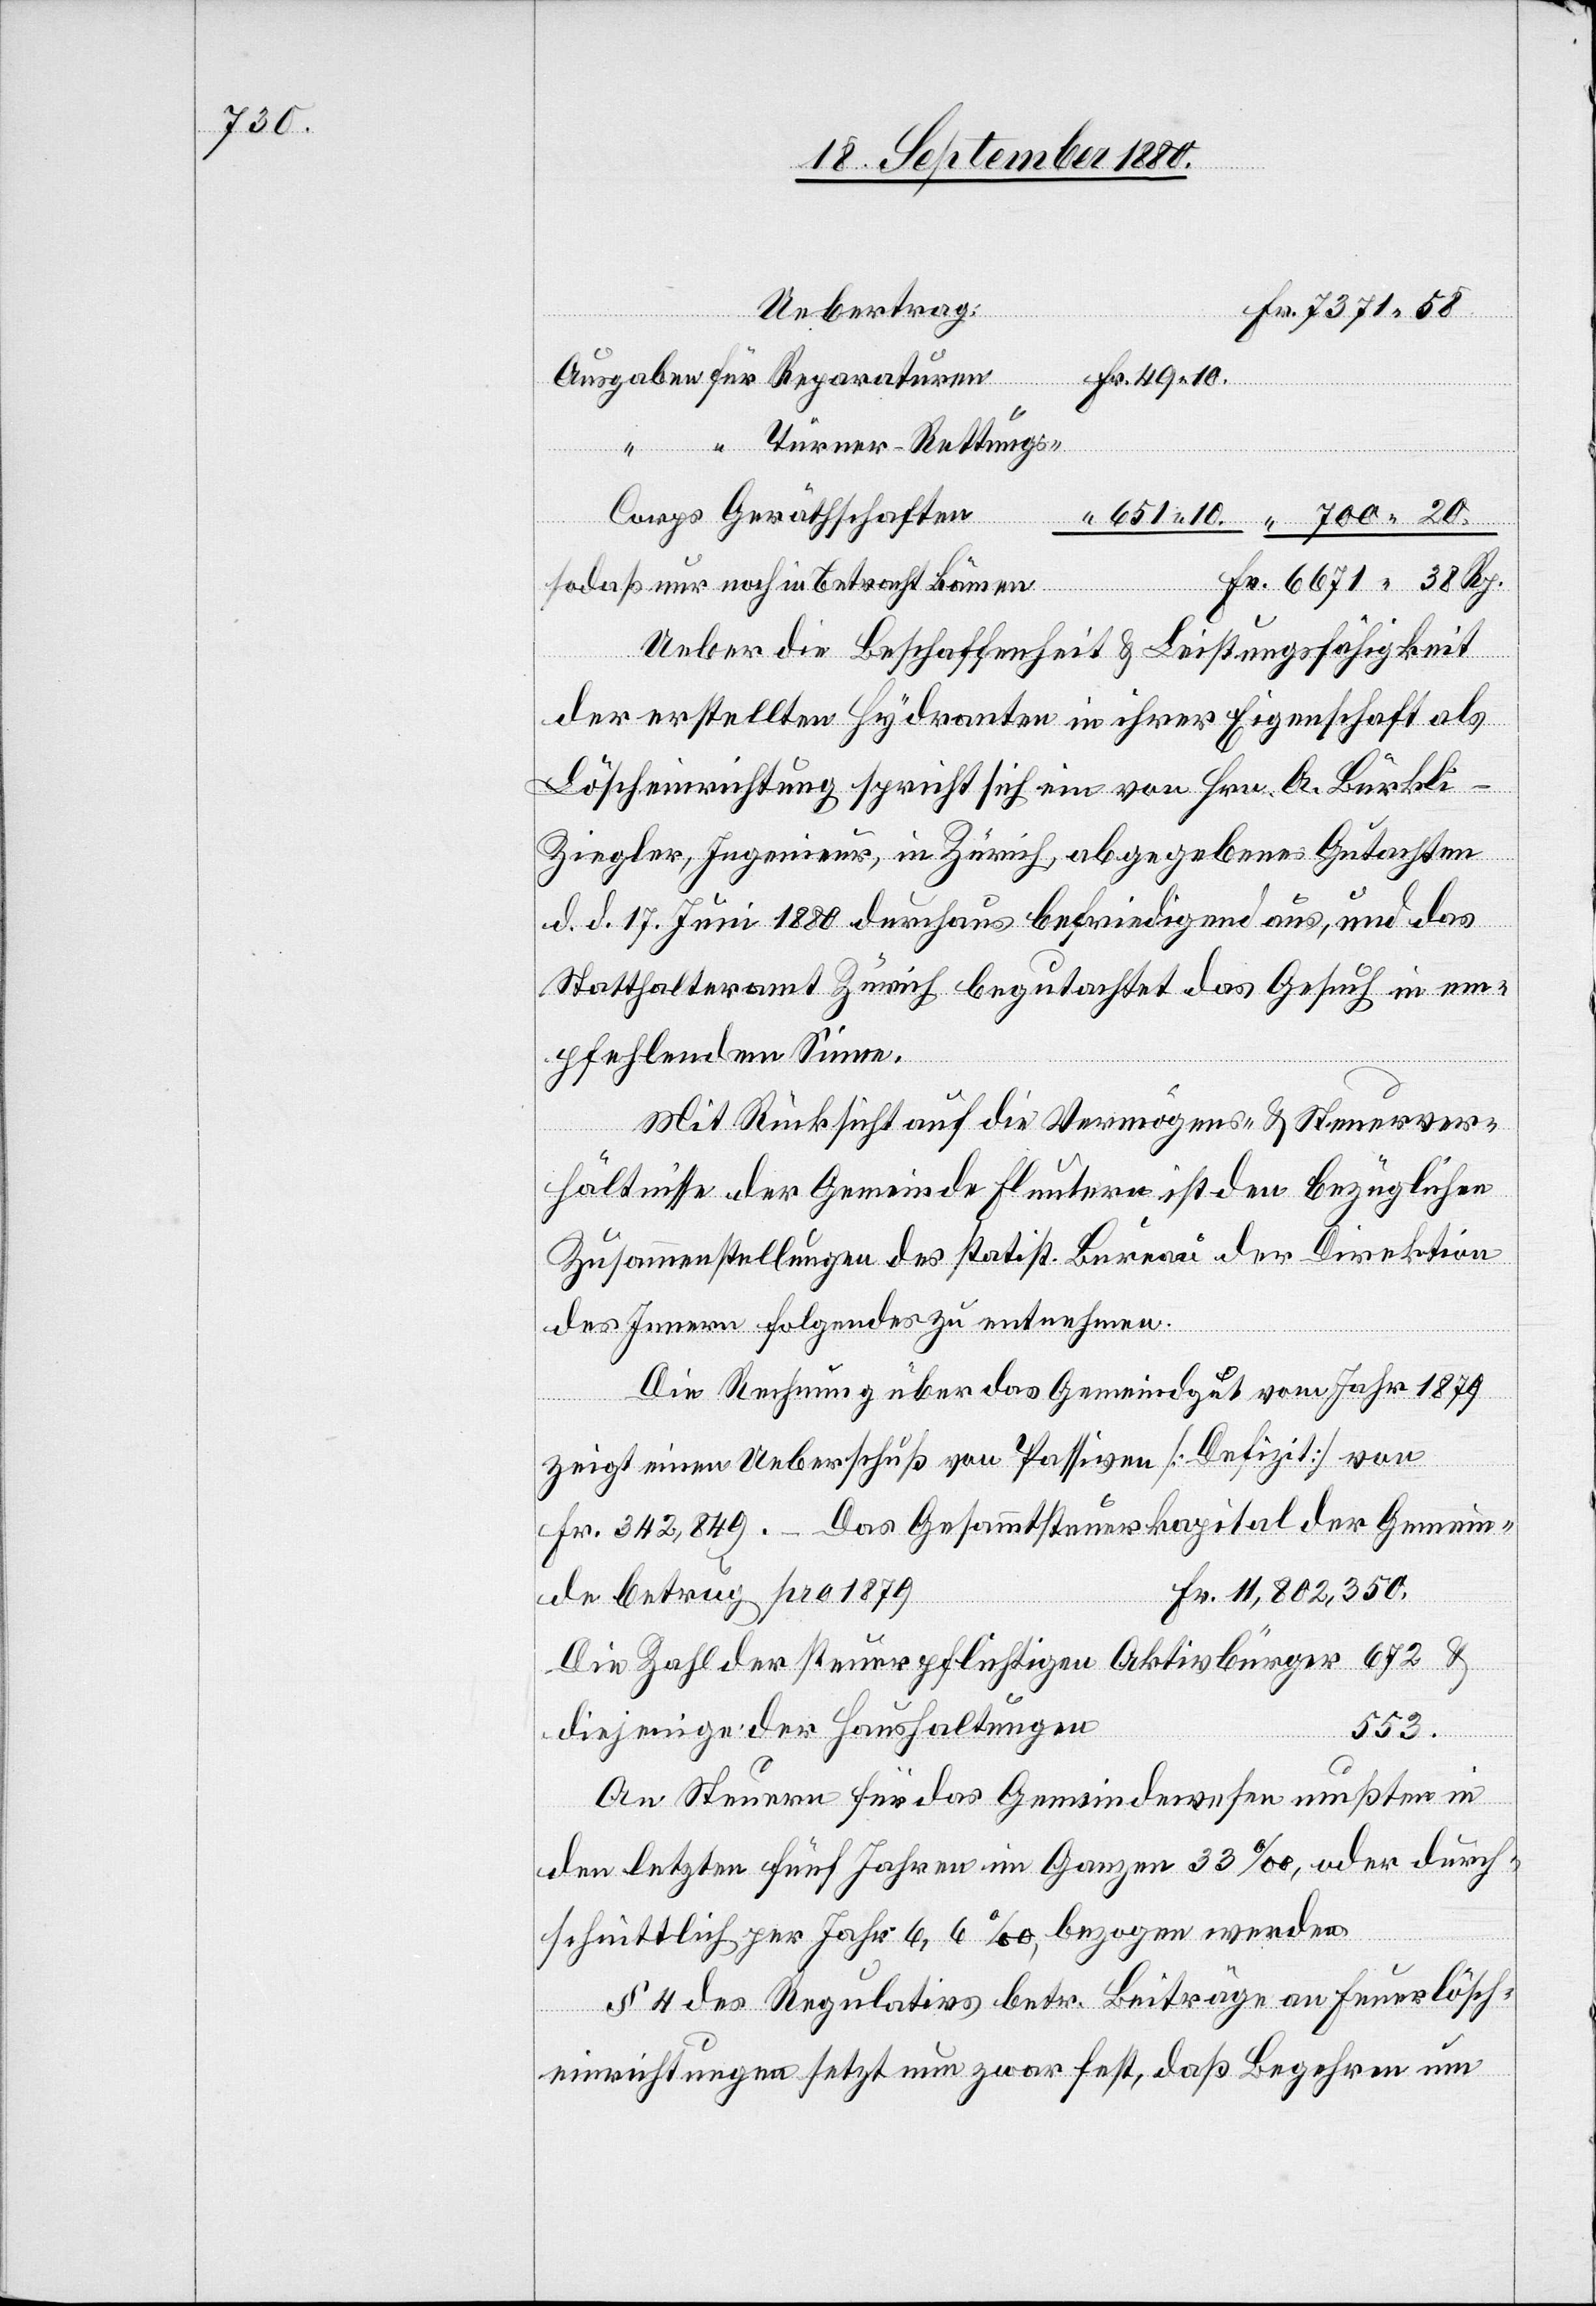
Uebertrag:
Turner-Rettung¬
Fr.
s-Corps Geräthschaftten
Rp.
so daß nur noch in Betracht kommen
Ueber die Beschaffenheit & Leistungsfähigkeit
der erstellten Hydranten in ihrer Eigenschaft als
Löscheinrichtung spricht sich ein von Hrn. A. Bürkli-Z¬
iegler, Ingenieur, in Zürich, abgegebenes Gutachten
d. d. 17. Juni 1880 durchaus befriedigend aus, und das
Statthalteramt Zürich begutachtet das Gesuch im em¬
10.
pfehlendem Sinne.
Mit Rücksicht auf die Vermögens- & Steuerver¬
hältnisse der Gemeinde Fluntern ist den bezüglichen
Zusammenstellungen des statist. Bureau der Direktion
des Innern folgendes zu entnehmen.
Die Rechnung über das Gemeindgut vom Jahr 1879
zeigt einen Ueberschuß von Passiven [Defizit] von
Fr. 342,849. Das Gesammtsteuerkapital der Gemein¬
Fr. 11,802,350.
de betrug pro 1879
Die Zahl der steuerpflichtigen Aktivbürger
diejenigen der Haushaltungen
553.
An Steuern für das Gemeindewesen mußten in
den letzten fünf Jahren im Ganzen 33‰, oder durch¬
schnittlich per Jahr 6,6‰, bezogen werden.
§ 4 des Regulativs betr. Beiträge an Feuerlösch¬
einrichtungen setzt nun zwar fest, daß Begehren um